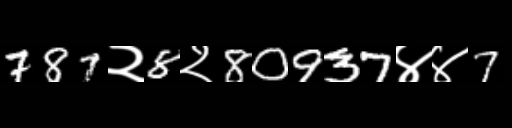
Text: 787२8२80937४४7